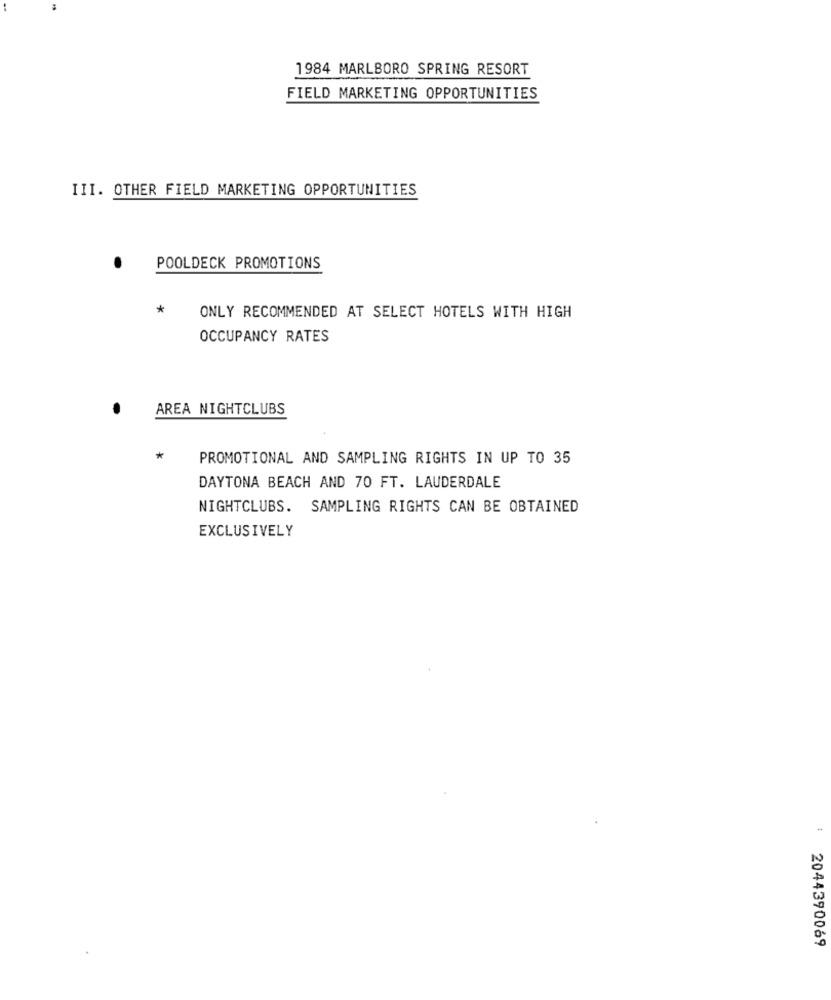
1984 MARLBORO SPRING RESORT
FIELD MARKETING OPPORTUNITIES
III. OTHER FIELD MARKETING OPPORTUNITIES
POOLDECK PROMOTIONS
*
ONLY RECOMMENDED AT SELECT HOTELS WITH HIGH
OCCUPANCY RATES
AREA NIGHTCLUBS
*
PROMOTIONAL AND SAMPLING RIGHTS IN UP TO 35
DAYTONA BEACH AND 70 FT. LAUDERDALE
NIGHTCLUBS. SAMPLING RIGHTS CAN BE OBTAINED
EXCLUSIVELY
2044390069